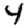
Digit: 4